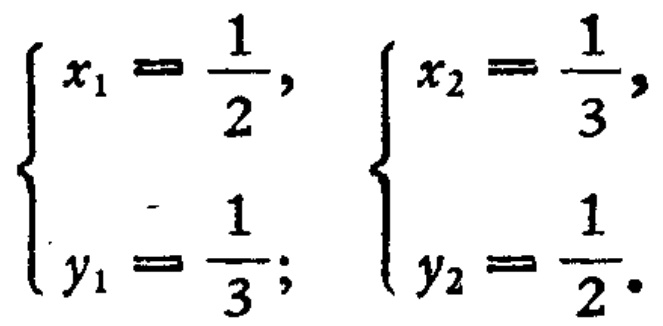
\(\begin{cases}
x_1 = \dfrac{1}{2}, \\
y_1 = \dfrac{1}{3};
\end{cases}\)
\(\begin{cases}
x_2 = \dfrac{1}{3}, \\
y_2 = \dfrac{1}{2}.
\end{cases}\)